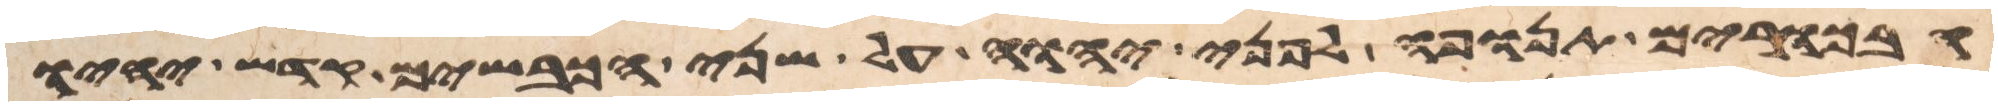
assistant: הבכורים תנופה לפני יהוה על שני הכבשים קדש יהיו